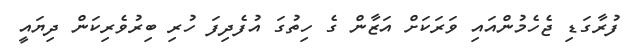
ފުރާގަޑި ޖެހެމުންއައި ވަރަކަށް އަޒާން ގެ ހިތުގަ އުފެދިފަ ހުރި ބިރުވެރިކަން ދިޔައީ